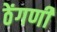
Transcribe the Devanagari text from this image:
ठेंगणी